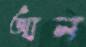
আন